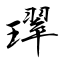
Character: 璻